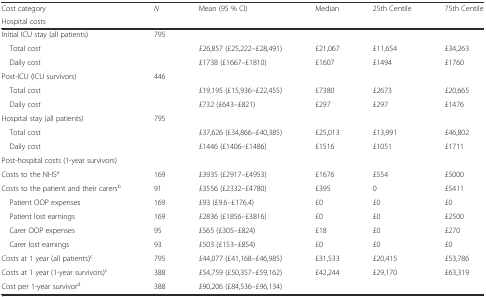
| Cost category | N | Mean (95 % CI) | Median | 25th Centile | 75th Centile |
 | Hospital costs |  |  |  |  |  |
 | --- | --- | --- | --- | --- | --- |
 | Initial ICU stay (all patients) | 795 |  |  |  |  |
 | Total cost |  | £26,857 (£25,222–£28,491) | £21,067 | £11,654 | £34,263 |
 | Daily cost |  | £1738 (£1667–£1810) | £1607 | £1494 | £1760 |
 | Post-ICU (ICU survivors) | 446 |  |  |  |  |
 | Total cost |  | £19,195 (£15,936–£22,455) | £7380 | £2673 | £20,665 |
 | Daily cost |  | £732 (£643–£821) | £297 | £297 | £1476 |
 | Hospital stay (all patients) | 795 |  |  |  |  |
 | Total cost |  | £37,626 (£34,866–£40,385) | £25,013 | £13,991 | £46,802 |
 | Daily cost |  | £1446 (£1406–£1486) | £1516 | £1051 | £1711 |
 | Post-hospital costs (1-year survivors) |  |  |  |  |  |
 | Costs to the NHSa | 169 | £3935 (£2917–£4953) | £1676 | £554 | £5000 |
 | Costs to the patient and their carersb | 91 | £3556 (£2332–£4780) | £395 | 0 | £5411 |
 | Patient OOP expenses | 169 | £93 (£9.6–£176.4) | £0 | £0 | £0 |
 | Patient lost earnings | 169 | £2836 (£1856–£3816) | £0 | £0 | £2500 |
 | Carer OOP expenses | 95 | £565 (£305–£824) | £18 | £0 | £270 |
 | Carer lost earnings | 93 | £503 (£153–£854) | £0 | £0 | £0 |
 | Costs at 1 year (all patients)c | 795 | £44,077 (£41,168–£46,985) | £31,533 | £20,415 | £53,786 |
 | Costs at 1 year (1-year survivors)c | 388 | £54,759 (£50,357–£59,162) | £42,244 | £29,170 | £63,319 |
 | Cost per 1-year survivord | 388 | £90,206 (£84,536–£96,134) |  |  |  |